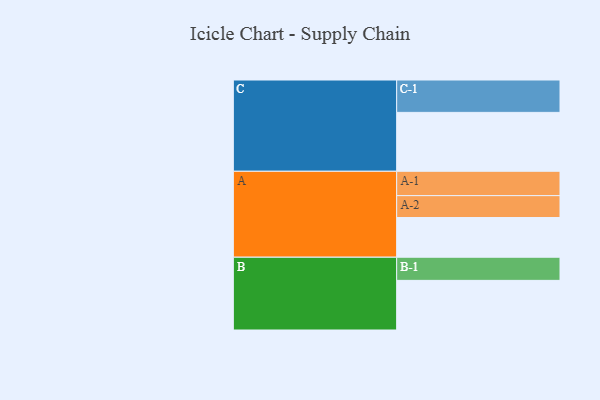
{"axis": {"x": "Segment", "y": "Value"}, "legend": ["", "A", "B", "C"], "data": [{"x": "A", "y": 352, "type": ""}, {"x": "B", "y": 440, "type": ""}, {"x": "C", "y": 522, "type": ""}, {"x": "A-1", "y": 216, "type": "A"}, {"x": "A-2", "y": 194, "type": "A"}, {"x": "B-1", "y": 205, "type": "B"}, {"x": "C-1", "y": 287, "type": "C"}]}